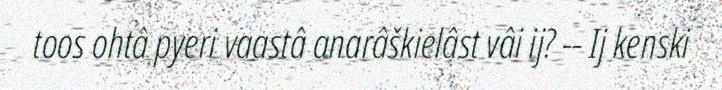
toos ohtâ pyeri vaastâ anarâškielâst vâi ij? -- Ij kenski